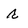
Character: r